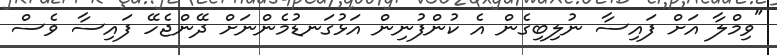
"ވިމްލާ އަށް ފައިސާ ނުލިބިގެން އެ ކުންފުނިން އަޅުގަނޑުމެންނަށް ދޭންޖެހޭ ފައިސާ ވެސް